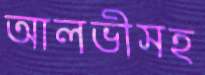
আলভীসহ